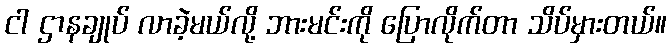
ငါ ဌာနချုပ် လာခဲ့မယ်လို့ ဘားမင်းကို ပြောလိုက်တာ သိပ်မှားတယ်။